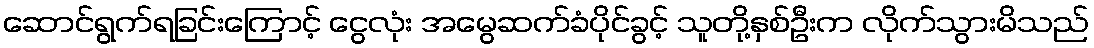
ဆောင်ရွက်ရခြင်းကြောင့် ငွေလုံး အမွေဆက်ခံပိုင်ခွင့် သူတို့နှစ်ဦးက လိုက်သွားမိသည်